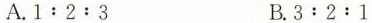
A. $$1:2:3$$ B. $$3:2:1$$